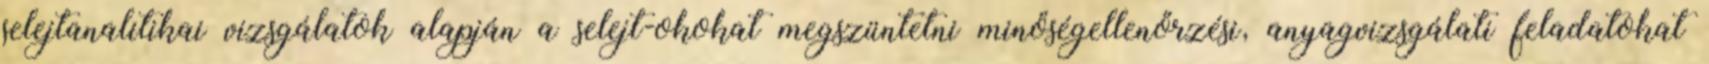
selejtanalitikai vizsgálatok alapján a selejt-okokat megszüntetni minőségellenőrzési, anyagvizsgálati feladatokat